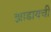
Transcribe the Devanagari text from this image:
झाडायची